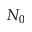
N _ { 0 }